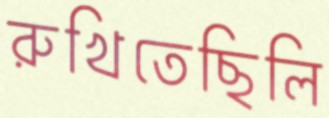
রুখিতেছিলি